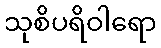
သုစိပရိဝါရော